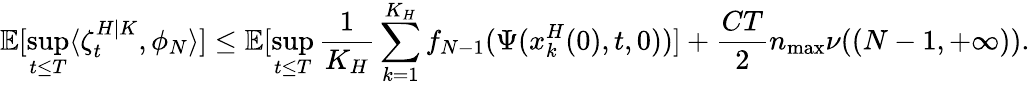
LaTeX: \mathbb{E}[\operatorname*{sup}_{t\leq T}\langle\zeta_{t}^{H|K},\phi_{N}\rangle]\leq\mathbb{E}[\operatorname*{sup}_{t\leq T}\frac{1}{K_{H}}\sum_{k=1}^{K_{H}}f_{N-1}(\Psi(x_{k}^{H}(0),t,0))]+\frac{CT}{2}n_{\operatorname*{max}}\nu((N-1,+\infty)).